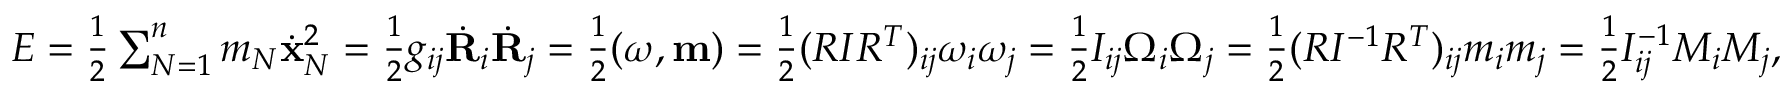
\begin{array} { r } { E = \frac 1 2 \sum _ { N = 1 } ^ { n } m _ { N } \dot { \bf x } _ { N } ^ { 2 } = \frac 1 2 g _ { i j } \dot { \bf R } _ { i } \dot { \bf R } _ { j } = \frac 1 2 ( { \boldsymbol \omega } , { \bf m } ) = \frac 1 2 ( R I R ^ { T } ) _ { i j } \omega _ { i } \omega _ { j } = \frac 1 2 I _ { i j } \Omega _ { i } \Omega _ { j } = \frac 1 2 ( R I ^ { - 1 } R ^ { T } ) _ { i j } m _ { i } m _ { j } = \frac 1 2 I _ { i j } ^ { - 1 } M _ { i } M _ { j } , } \end{array}